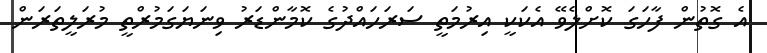
އެ ގޮތުން ފާހަގަ ކޮށްލެވޭ އެކަކީ އިރުމަތީ ސަރަހައްދުގެ ކޮމާންޑަރު ވިނަޔަގަމުރްތީ މުރަލީތަރަން